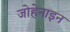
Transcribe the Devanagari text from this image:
जोहेनाइन